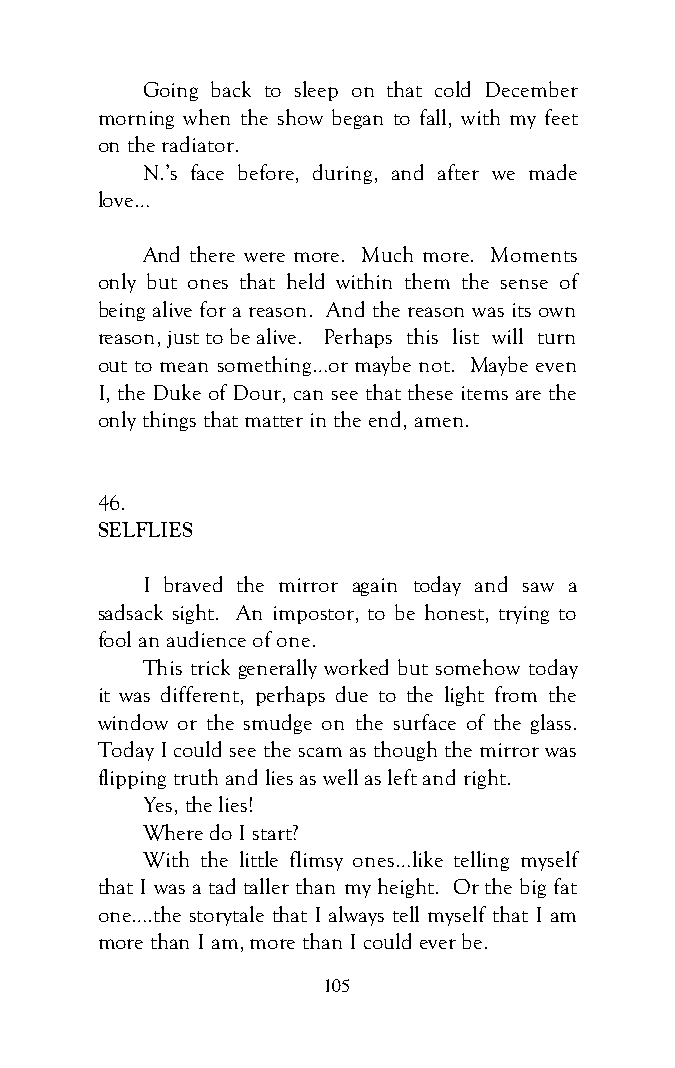
Going back to sleep on that cold December
 morning when the show began to fall, with my feet
 on the radiator.
 N.’s face before, during, and after we made
 love…
 And there were more. Much more. Moments
 only but ones that held within them the sense of
 being alive for a reason. And the reason was its own
 reason, just to be alive. Perhaps this list will turn
 out to mean something…or maybe not. Maybe even
 I, the Duke of Dour, can see that these items are the
 only things that matter in the end, amen.
 46.
 SELFLIES
 I braved the mirror again today and saw a
 sadsack sight. An impostor, to be honest, trying to
 fool an audience of one.
 This trick generally worked but somehow today
 it was different, perhaps due to the light from the
 window or the smudge on the surface of the glass.
 Today I could see the scam as though the mirror was
 flipping truth and lies as well as left and right.
 Yes, the lies!
 Where do I start?
 With the little flimsy ones…like telling myself
 that I was a tad taller than my height. Or the big fat
 one….the storytale that I always tell myself that I am
 more than I am, more than I could ever be.
 105